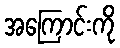
အကြောင်းကို